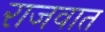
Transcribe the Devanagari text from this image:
राजवात